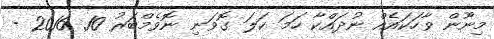
މިނޫން ވާހަކައެއް ނުދައްކާ ހަމަ ކަލަ ގޮވަނި ނޮވެމްބަރު 10